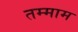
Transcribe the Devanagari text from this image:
तम्माम